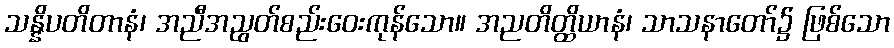
သန္နိပတိတာနံ၊ အညီအညွတ်စည်းဝေးကုန်သော။ အညတိတ္ထိယာနံ၊ သာသနာတော်၌ ဖြစ်သော